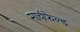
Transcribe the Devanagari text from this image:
मार्चफेल्ड